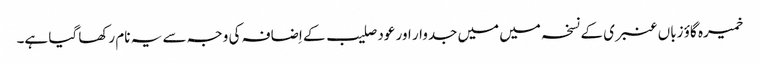
خمیرہ گاؤ زباں عنبری کے نسخہ میں میں جدوار اور عود صلیب کے اِضافہ کی وجہ سے یہ نام رکھا گیا ہے۔